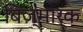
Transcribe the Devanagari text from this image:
बिज़्मार्क